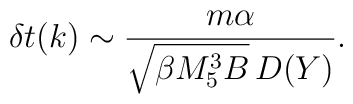
\delta t(k) \sim   {m\alpha \over  \sqrt{\beta M_5^3 B}\, D(Y)  } .